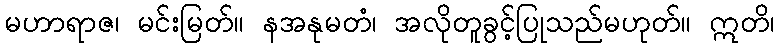
မဟာရာဇ၊ မင်းမြတ်။ နအနုမတံ၊ အလိုတူခွင့်ပြုသည်မဟုတ်။ ဣတိ၊